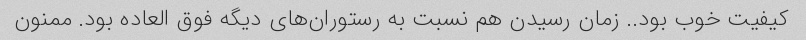
کیفیت خوب بود.. زمان رسیدن هم نسبت به رستوران‌های دیگه فوق العاده بود. ممنون